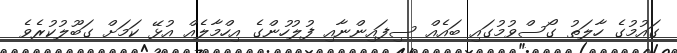
ގައުމުގެ ހާލަތު ގޯސްވުމުގައި ބައެއް ސިފައިންނާއި ފުލުހުންގެ އިހްމާލެއް އުޅޭ ކަމަށް ގަބޫލުކުރެވެ